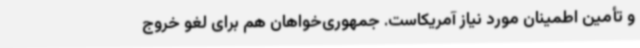
و تأمین اطمینان مورد نیاز آمریکاست. جمهوری‌خواهان هم برای لغو خروج